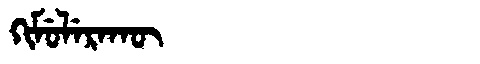
Manchu: ᡴᡳᠮᡠᠯᡝᡵᠠᡴᡡ
Romanization: KIMULERAKŪ